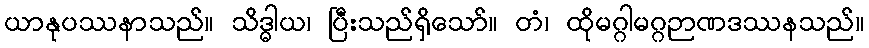
ယာနုပဿနာသည်။ သိဒ္ဓါယ၊ ပြီးသည်ရှိသော်။ တံ၊ ထိုမဂ္ဂါမဂ္ဂဉာဏဒဿနသည်။